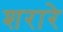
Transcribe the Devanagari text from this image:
शरारे